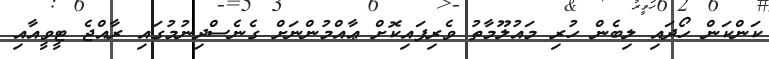
ކަންކަން ހޯދައި ލިބެން ހުރި މައުލޫމާތު ވެރިފައިކޮށް ޢާއްމުންނަށް ގެނެސްދިނުމުގައި ރާއްޖެ ޓީވީއާއި